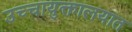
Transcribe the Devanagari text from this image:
उच्चायुक्तालयात